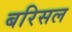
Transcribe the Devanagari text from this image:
बरिसल